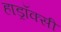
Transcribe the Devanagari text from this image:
हाड्रॉक्सी